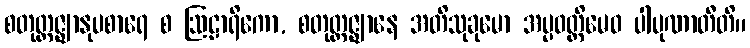
စတုတ္ထဇ္ဈာနုပစာရေ စ ဩဠာရိကော, စတုတ္ထဇ္ဈာနေ အတိသုခုမော အပ္ပဝတ္တိမေဝ ပါပုဏာတီတိ။